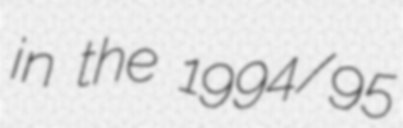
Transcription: in the 1994/95